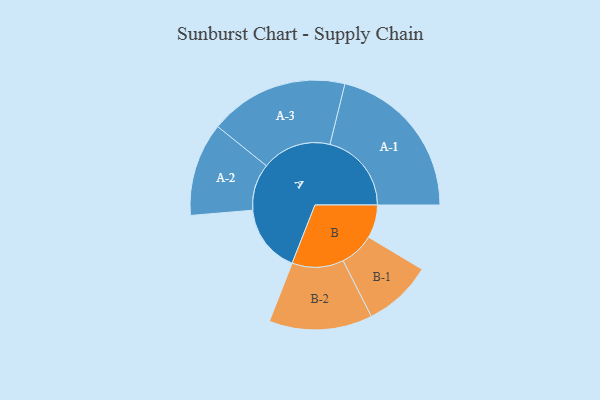
{"axis": {"x": "Segment", "y": "Value"}, "legend": ["", "A", "B"], "data": [{"x": "A", "y": 206, "type": ""}, {"x": "B", "y": 100, "type": ""}, {"x": "A-1", "y": 246, "type": "A"}, {"x": "A-2", "y": 141, "type": "A"}, {"x": "A-3", "y": 210, "type": "A"}, {"x": "B-1", "y": 104, "type": "B"}, {"x": "B-2", "y": 156, "type": "B"}]}